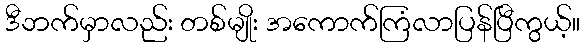
ဒီဘက်မှာလည်း တစ်မျိုး အကောက်ကြံလာပြန်ပြီကွယ့်။